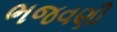
ભજવણી